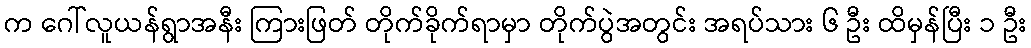
က ဂေါ်လူယန်ရွာအနီး ကြားဖြတ် တိုက်ခိုက်ရာမှာ တိုက်ပွဲအတွင်း အရပ်သား ၆ ဦး ထိမှန်ပြီး ၁ ဦး